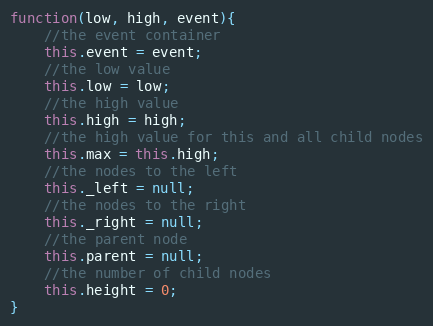
Language: JavaScript
function(low, high, event){
	//the event container
	this.event = event;
	//the low value
	this.low = low;
	//the high value
	this.high = high;
	//the high value for this and all child nodes
	this.max = this.high;
	//the nodes to the left
	this._left = null;
	//the nodes to the right
	this._right = null;
	//the parent node
	this.parent = null;
	//the number of child nodes
	this.height = 0;
}